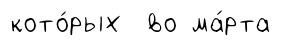
кото́рых во ма́рта